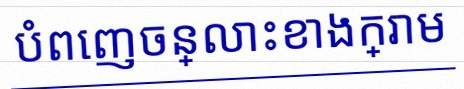
បំពេញចន្លោះខាងក្រោម